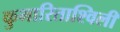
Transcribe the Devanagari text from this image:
कुमारिताश्विली